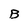
Character: B